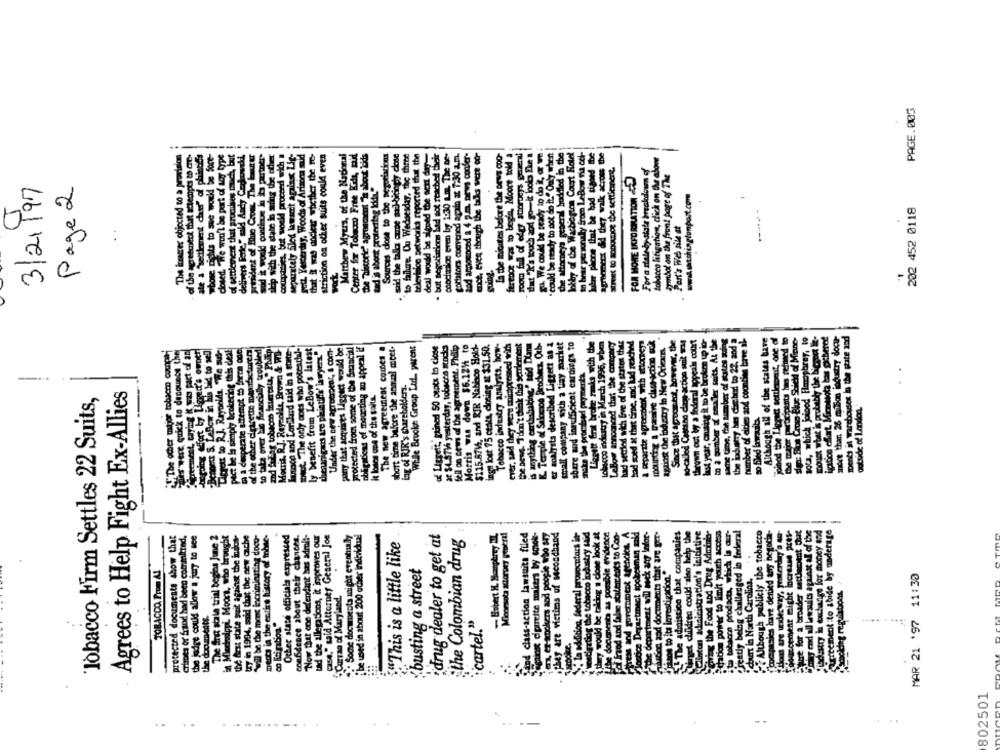
PAGE.005
room fall of' edgy storeys gment
that "It's touch and go-it looks Eke a 1
lobby of the Washington Court Hotel
lular phone that be bad signed be
agronmert &d they walk across the
The itatres objected to a provision
of the agreement that attempts to re-
of phinden
id be Sore-
whose rights to sue would be fore-
closed. "We won't be part of any type
of parlement that promises much, but
delivers Perle," sald Andy Cechowski,
president of Blue Coom The Last tr
ship with the date i suring the other
companies, but would proceed with a
separately Sled lawsuit against Lig-
metL Yesterday, Woods of Arizona mld
that i was nockear whether the re-
striction on other suits could even
Matthew Myers, of the National
Center for Tobacco Free Kids, maid
the "Theoric' agroechent Ta about lods
Sources close to the negotiations
. said the tala cube mad-bitinghy cose
"to failure. Ou Wednesday, the three
television networks reported that the
deal would be signed the ment for-
. but negotiations lad sot reached their
conclinics even by 1:30 ans The De-
collators convened again at 7:30 a.m.
and announced a 4 g.m. mews confer-
La the minutes before the news coo-
Statoog was to begin, Moore told a
Sa We could be ready to do it, or we
" could be ready to act do it." Only when
the attorneys general boddled in the
to bear personaly from LeBow na co-
tobacco litigation, click on the abour
Street to zoDouce the settlement.
For a stateby state breakdown of
ale & "Settlement ches" of phin
FOR MORE IKFOROLATION
Symbol on the front page of The
3/21/97
Page 2
tad is about protecting Koldt
sod i would continue
-----
202 452 0118
Post's Web sile at
vock
obigiticas of moorting an appeal if
While Brooke Group Ltd ., parent
at $4.877% yesterday, tobacco stocks
fell on news of the agreement. Philip
Morris was down $6.124 to
$115.87Wh, and RIR Nabisco Hold-
ings lost 75 cents, closing at $31.50.
Tobacco industry analysts. hoy-
ever, sald they were minaprosned with
is anything earthabaking" said Dlana
K. Temple of Sakenog Product. Oub-
er analysts described Liggett as a
trall company with a tiny market
share wod innedScient earnings to
gate 2
Mocris. R.J. Reynolds, Brown & WI-
Lavoce and Lorichard wid in a sontr-
Biot "The only ones who poteach]-
ly benefit from LeBow's latest
theunigas tre plaintiffs' lawyers."
Under the new agrotrocar, & com-
pary that acquires Läggact would be
protected from some of the Smancial
The new agreement coches a
short time before the anmal mieet.
af Liggett, gained 50 cents to close
make the prombed paymenta
ing of RIR's shareholders.
-
Tobacco Firm Settles 22 Suits,
Agrees to Help Fight Ex-Allies
It lonca one of the saits.
idrug dealer to get at
ind class-action lawsuits filed
post cipareite makers by sonok-
m, er apokers and people who say
they are victims of secondhand
. In addition, federal prosecutors it-
postigating the tobacco industry said
Why would be taking a dos look at
the documents as possible evidence
di fraod and false stater cots to Con-
press and government agencies. A
"the department will wick any Infor-
Anton sod documents that are per-
The admission that companies
get children could also help the
aton adodicistration's initiative
giving the Food and Drug Adminis-
tation poiher to limit youth access
w tobacco prodacts, which is our-
gratiy being challenged in federal
Although publicly the tobacco
kry begatha
rage
protected documents show that
CrhDes or frand had been committed.
the judge could allow a joy to see
The fro stale trial begins June 2
in Miedesppl. Moors, who brought
the first state suit against the inuitat-
try in 1994, said that the new cache
"will be the mont incriminating docu-
mecca ia the entire history of tohne-
Other state officials expressed
confidence about their chances.
Now that one defendant has admolt-
ud the allegations, it improves our
case," said Attorney General Joe
· Some documents might eventually
i be used in about 200 ocher individual
the Colombian drug
"This is a little like
TOBACCO, Prom Al
:busting a street
Jostice Department spoked
laos to its investigacion."
bauart in North Carolina.
MAR 21 '97 11:30
+ Curran of Maryland.
the documents.
co litigation."
"cartel."
802501